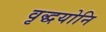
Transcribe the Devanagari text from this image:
वृद्धयोनि